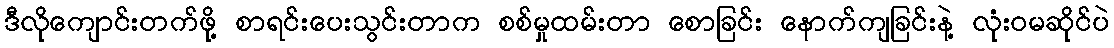
ဒီလိုကျောင်းတက်ဖို့ စာရင်းပေးသွင်းတာက စစ်မှုထမ်းတာ စောခြင်း နောက်ကျခြင်းနဲ့ လုံးဝမဆိုင်ပဲ